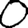
Digit: 0